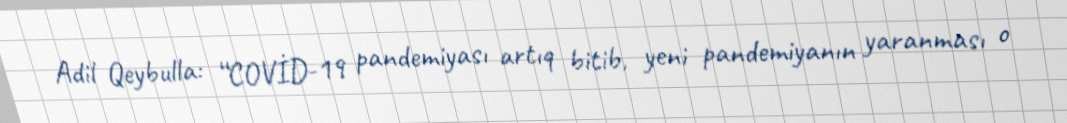
Adil Qeybulla: “COVİD-19 pandemiyası artıq bitib, yeni pandemiyanın yaranması o